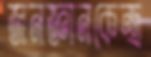
জনজ্ঞানকেন্দ্র